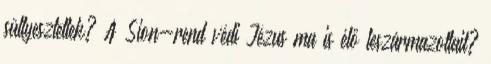
süllyesztettek? A Sion-rend védi Jézus ma is élő leszármazottait?